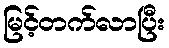
မြင့်တက်လာပြီး